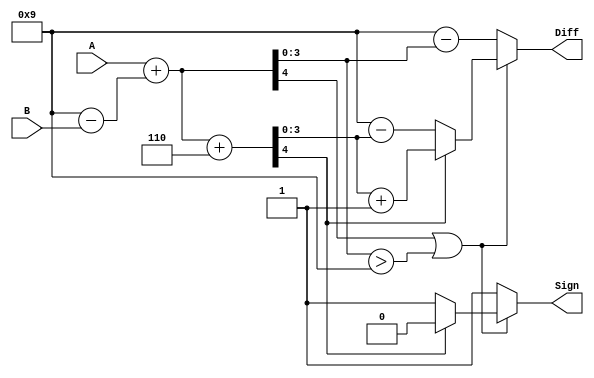
module ninescompSub(A,B,Diff,Sign);
input [3:0]A,B;
output reg[3:0]Diff;
output reg Sign;
reg [4:0]Sumout;
reg [4:0]Sumout2;
reg [3:0]NinesCompliment;

always@*
begin
NinesCompliment = 4'b1001 - B;
Sumout = A + NinesCompliment;
    if(Sumout[4] || (Sumout[3:0]>4'b1001))
    begin
    Sumout2 = Sumout[4:0] + 4'b0110;
        if(Sumout2[4])
        begin
        Diff = Sumout2[3:0] + 1;
        Sign = 0;
        end
        else
        begin
        Diff = 4'b1001 - Sumout2[3:0];
        Sign = 1;
        end
    end   
    else 
    begin
    Diff = 4'b1001 - Sumout[3:0];
    Sign = 1;
    end
end
endmodule